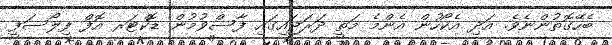
ބެހޭގޮތުންނެވެ. އަދި އެކޯހުން އެންމެ މަތީ ދަރަޖައިގައި ފާސްވުމުން ޑޮކްޓަރ އޮފް ފިލޯސަފީ